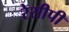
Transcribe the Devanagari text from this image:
रेसीपी